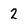
Character: 2